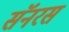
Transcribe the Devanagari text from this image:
सॅनरस